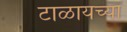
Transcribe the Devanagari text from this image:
टाळायच्या